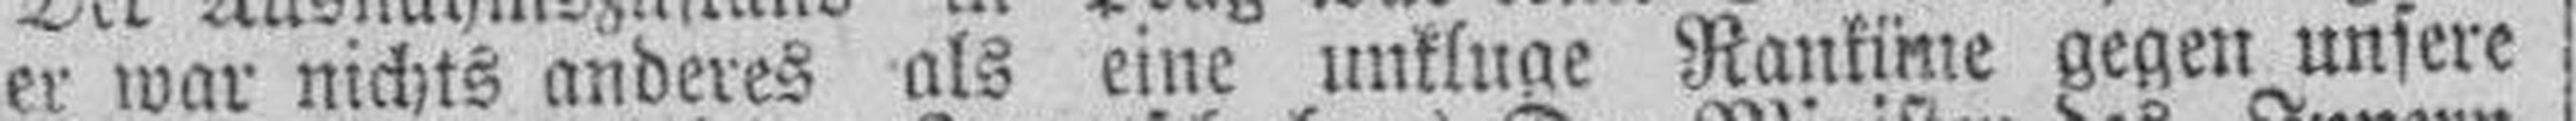
er war nichts anderes als eine unkluge Ranküne gegen unsere